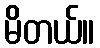
မိတယ်။